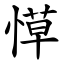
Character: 愺